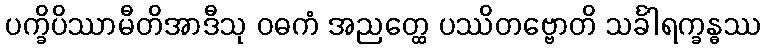
ပက္ခိပိဿာမီတိအာဒီသု ဝဓကံ အညတ္ထေ ပဿိတဗ္ဗောတိ သင်္ခါရက္ခန္ဓဿ